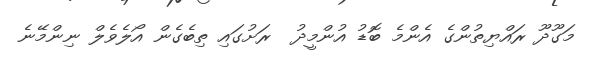
މަގޫދޫ ރައްޔިތުންގެ އެންމެ ބޮޑު އުންމީދު  ރަށުގައި ތިބެގެން އޯލެވެލް ނިންމޭނެ